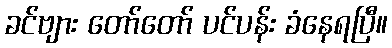
ခင်ဗျား တော်တော် ပင်ပန်း ခံနေရပြီ။